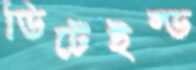
ডিটেইল্ড